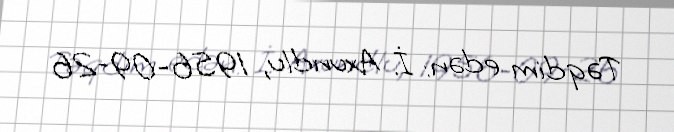
Təqdim edən: İ. Axundlu, 1956-09-26